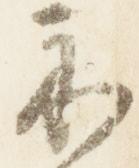
示